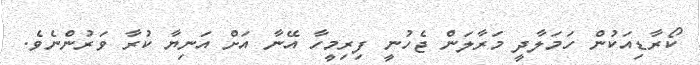
ކޯރާޑިއަކުން ހަމަލާދީ މަރާލަން ޖެހުނީ ފިރިމީހާ އޭނާ އަށް އަނިޔާ ކުރާ ވަރުންނެވެ.